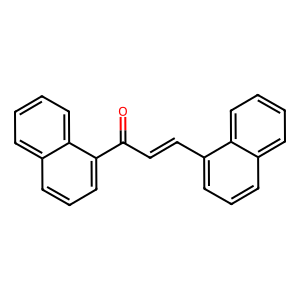
SMILES: O=C(C=Cc1cccc2ccccc12)c1cccc2ccccc12
Inhibits HIV replication: No